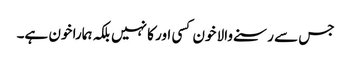
جس سے رسنے والا خون کسی اور کا نہیں بلکہ ہمارا خون ہے۔